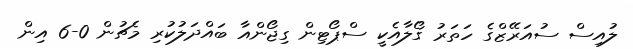
ލުއިސް ސުއަރޭޒްގެ ހަތަރު ގޯލާއެކީ ސްޕޯޓިން ގިޖޯންއާ ބައްދަލުކުރި މެޗުން 0-6 އިން